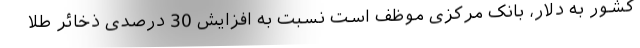
کشور به دلار، بانک مرکزی موظف است نسبت به افزایش 30 درصدی ذخائر طلا